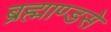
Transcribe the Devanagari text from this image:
ब्रह्माण्डसे